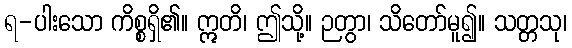
ရ-ပါးသော ကိစ္စရှိ၏။ ဣတိ၊ ဤသို့။ ဉတွာ၊ သိတော်မူ၍။ သတ္တသု၊